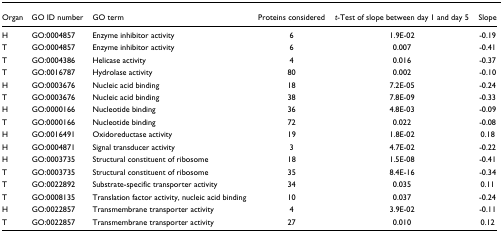
<table><thead><tr><td><b>Organ</b></td><td><b>GO ID number</b></td><td><b>GO term</b></td><td><b>Proteins considered</b></td><td><b><i>t</i>-Test of slope between day 1 and day 5</b></td><td><b>Slope</b></td></tr></thead><tbody><tr><td>H</td><td>GO:0004857</td><td>Enzyme inhibitor activity</td><td>6</td><td>1.9E-02</td><td>-0.19</td></tr><tr><td>T</td><td>GO:0004857</td><td>Enzyme inhibitor activity</td><td>6</td><td>0.007</td><td>-0.41</td></tr><tr><td>T</td><td>GO:0004386</td><td>Helicase activity</td><td>4</td><td>0.016</td><td>-0.37</td></tr><tr><td>T</td><td>GO:0016787</td><td>Hydrolase activity</td><td>80</td><td>0.002</td><td>-0.10</td></tr><tr><td>H</td><td>GO:0003676</td><td>Nucleic acid binding</td><td>18</td><td>7.2E-05</td><td>-0.24</td></tr><tr><td>T</td><td>GO:0003676</td><td>Nucleic acid binding</td><td>38</td><td>7.8E-09</td><td>-0.33</td></tr><tr><td>H</td><td>GO:0000166</td><td>Nucleotide binding</td><td>36</td><td>4.8E-03</td><td>-0.09</td></tr><tr><td>T</td><td>GO:0000166</td><td>Nucleotide binding</td><td>72</td><td>0.022</td><td>-0.08</td></tr><tr><td>H</td><td>GO:0016491</td><td>Oxidoreductase activity</td><td>19</td><td>1.8E-02</td><td>0.18</td></tr><tr><td>H</td><td>GO:0004871</td><td>Signal transducer activity</td><td>3</td><td>4.7E-02</td><td>-0.22</td></tr><tr><td>H</td><td>GO:0003735</td><td>Structural constituent of ribosome</td><td>18</td><td>1.5E-08</td><td>-0.41</td></tr><tr><td>T</td><td>GO:0003735</td><td>Structural constituent of ribosome</td><td>35</td><td>8.4E-16</td><td>-0.34</td></tr><tr><td>T</td><td>GO:0022892</td><td>Substrate-specific transporter activity</td><td>34</td><td>0.035</td><td>0.11</td></tr><tr><td>T</td><td>GO:0008135</td><td>Translation factor activity, nucleic acid binding</td><td>10</td><td>0.037</td><td>-0.24</td></tr><tr><td>H</td><td>GO:0022857</td><td>Transmembrane transporter activity</td><td>4</td><td>3.9E-02</td><td>-0.11</td></tr><tr><td>T</td><td>GO:0022857</td><td>Transmembrane transporter activity</td><td>27</td><td>0.010</td><td>0.12</td></tr></tbody></table>